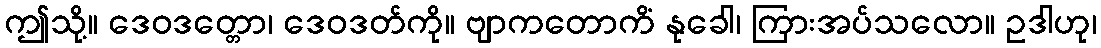
ဤသို့။ ဒေဝဒတ္တော၊ ဒေဝဒတ်ကို။ ဗျာကတောကိံ နုခေါ၊ ကြားအပ်သလော။ ဥဒါဟု၊